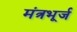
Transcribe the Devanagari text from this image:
मंत्रभूर्ज